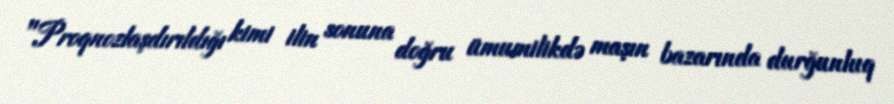
"Proqnozlaşdırıldığı kimi ilin sonuna doğru ümumilikdə maşın bazarında durğunluq